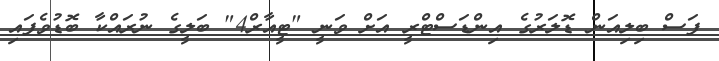
ފަސް ބިލިއަން ޑޮލަރުގެ އިންޑަސްޓްރީ އަށް ވަނީ "ޓީއާރް4" ބަލީގެ ނުރައްކާ ބޮޑުވެފައި